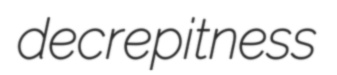
decrepitness